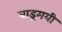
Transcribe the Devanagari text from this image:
वाड्रमयी